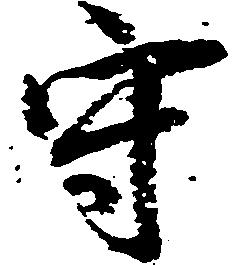
守